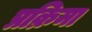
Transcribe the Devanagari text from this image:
प्रक्रिमा